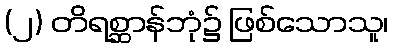
(၂) တိရစ္ဆာန်ဘုံ၌ ဖြစ်သောသူ၊